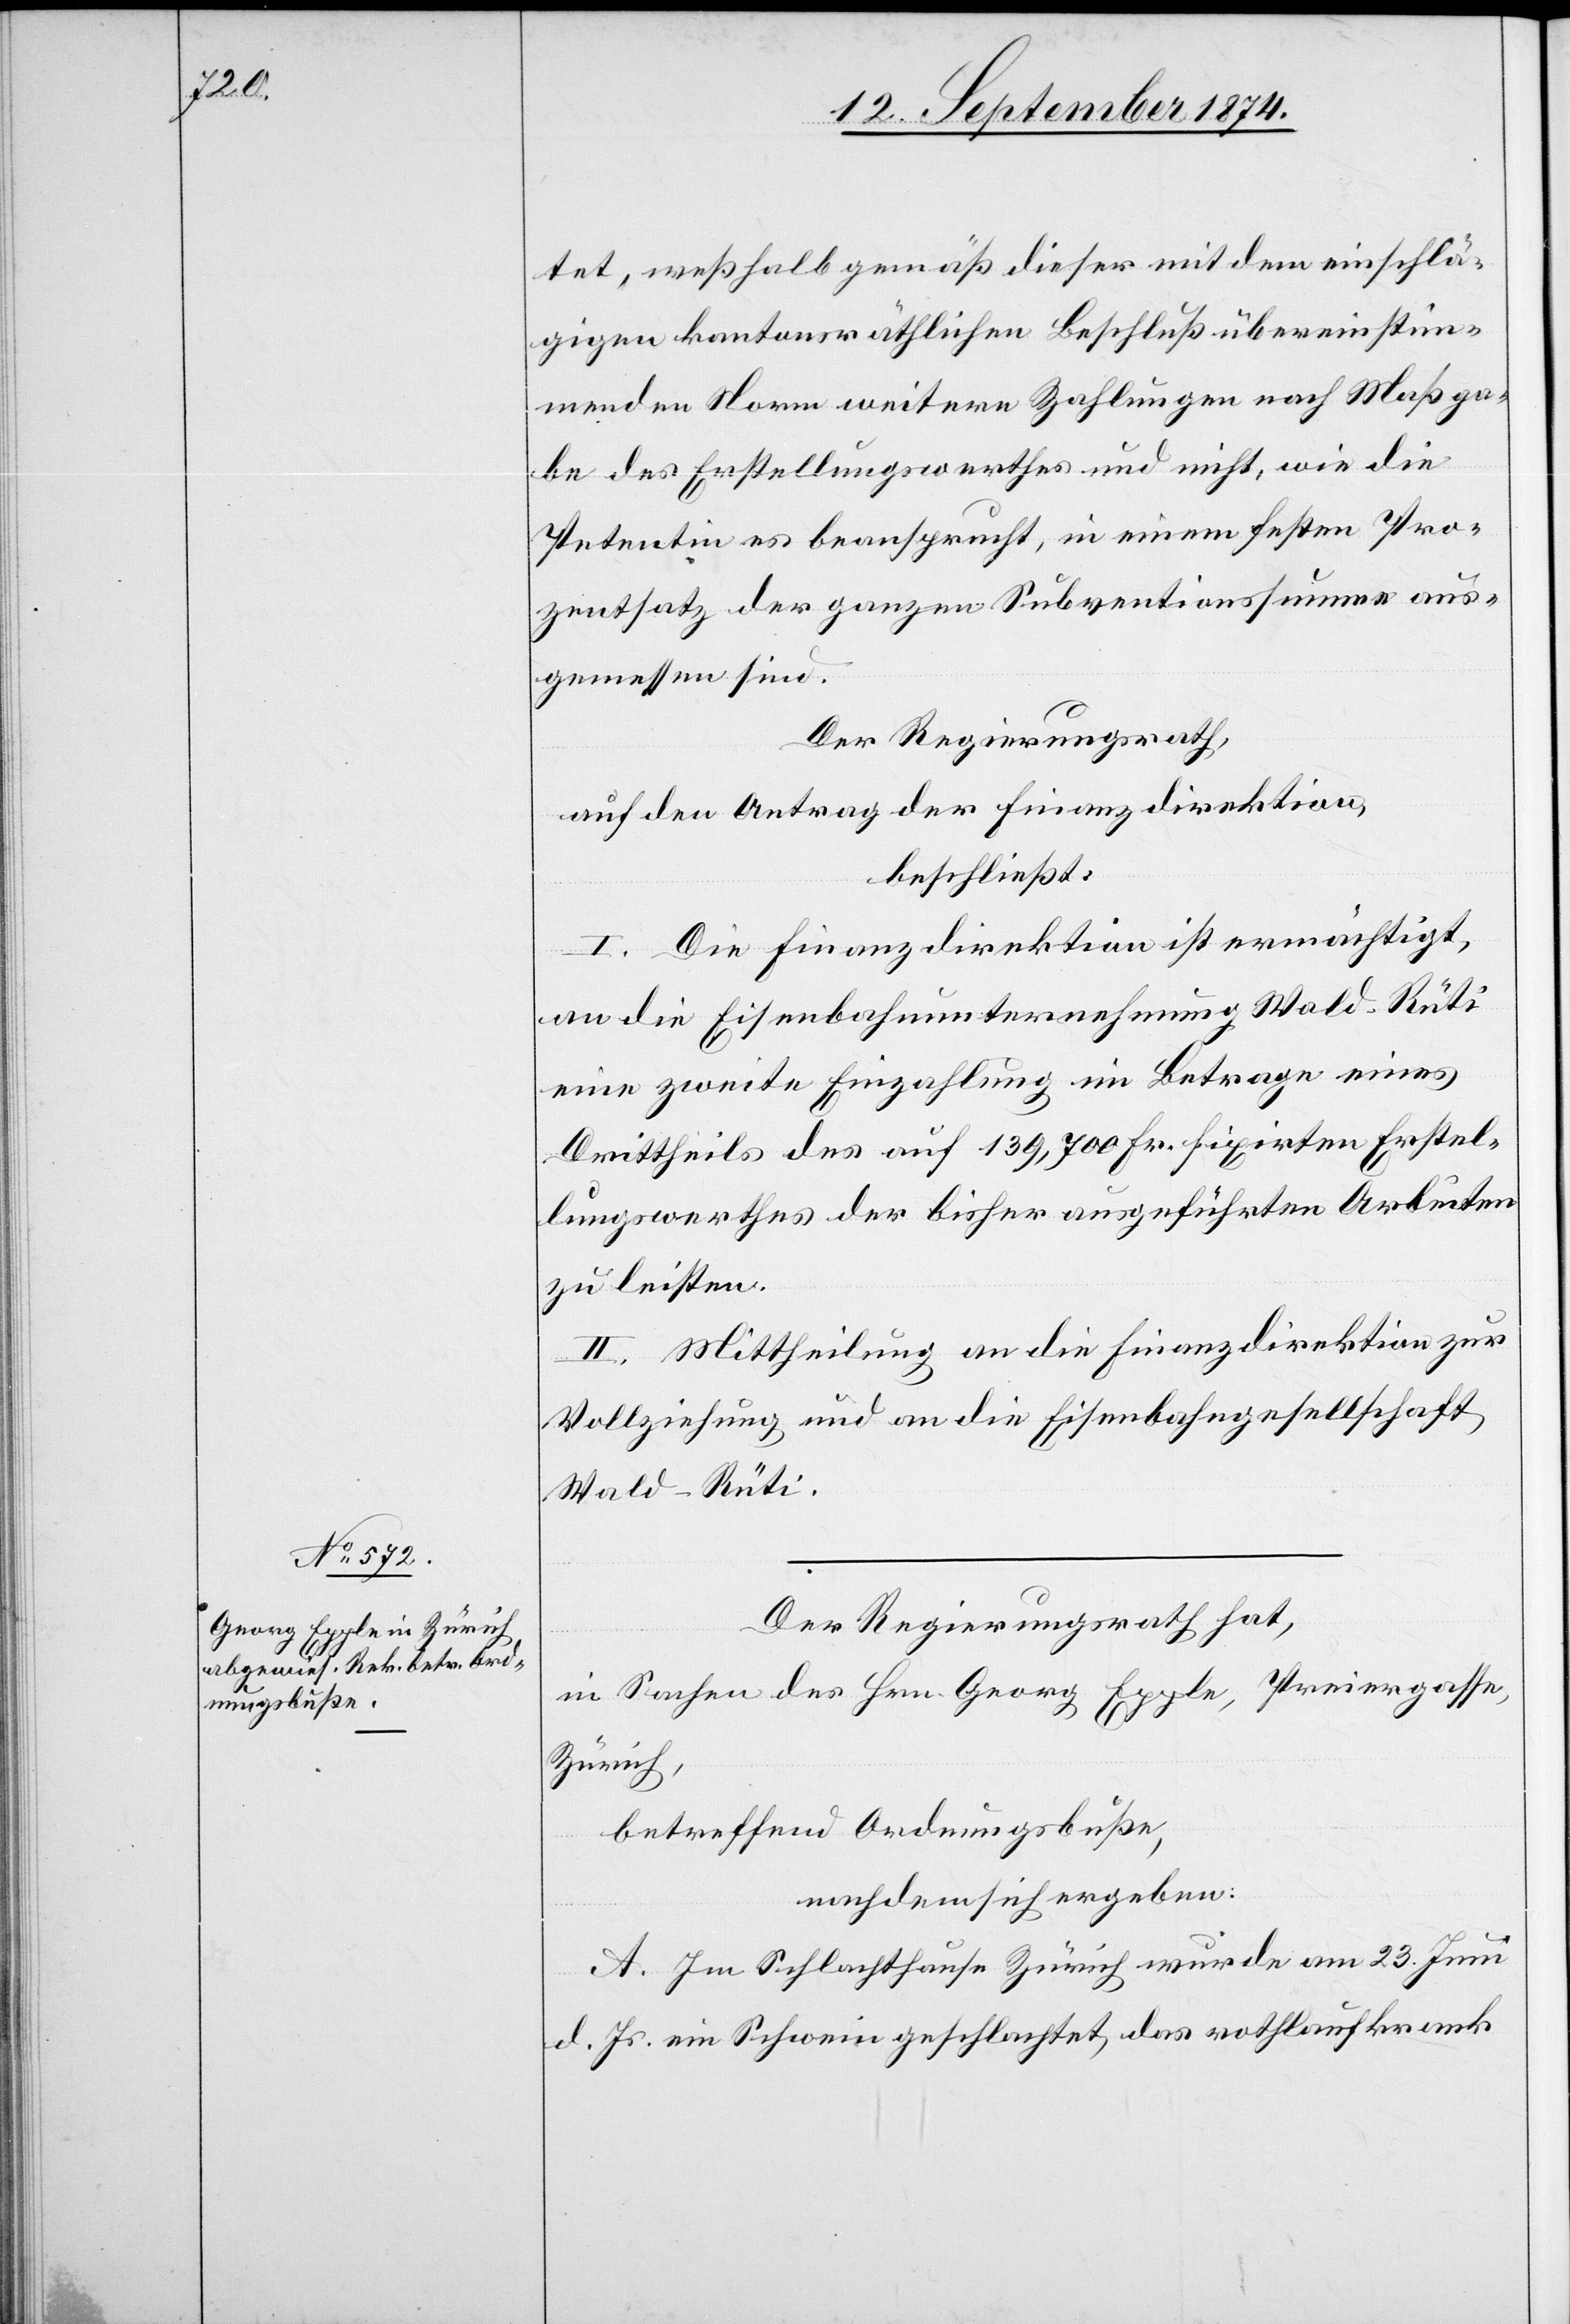
tet, weßhalb gemäß dieser mit dem einschlä¬
gigen kantonsräthlichen Beschluß übereinstim¬
menden Norm weitere Zahlungen nach Maßga¬
be des Erstellungswerthes und nicht, wie die
Petentin es beansprucht, in einem festen Pro¬
zentsatz der ganzen Subventionssumme aus¬
gemessen sind.
Der Regierungsrath,
auf den Antrag der Finanzdirektion,
beschließt:
I. Die Finanzdirektion ist ermächtigt,
an die Eisenbahnunternehmung Wald–Rüti
eine zweite Einzahlung im Betrage eines
Drittheils des auf 139,700 Fr. fixirten Erstel¬
lungswerthes der bisher ausgeführten Arbeiten
zu leisten.
II. Mittheilung an die Finanzdirektion zur
Vollziehung und an die Eisenbahngesellschaft
Wald–Rüti.
Der Regierungsrath hat,
in Sachen des Hrn. Georg Epple, Preiergasse,
Zürich,
betreffend Ordnungsbuße,
nachdem sich ergeben:
A. Im Schlachthause Zürich wurde am 23. Juni
d. Js. ein Schwein geschlachtet, das rothlaufkrank